Lunatic asylums Burma 1907-21 - 1907-1921
Year: 1907
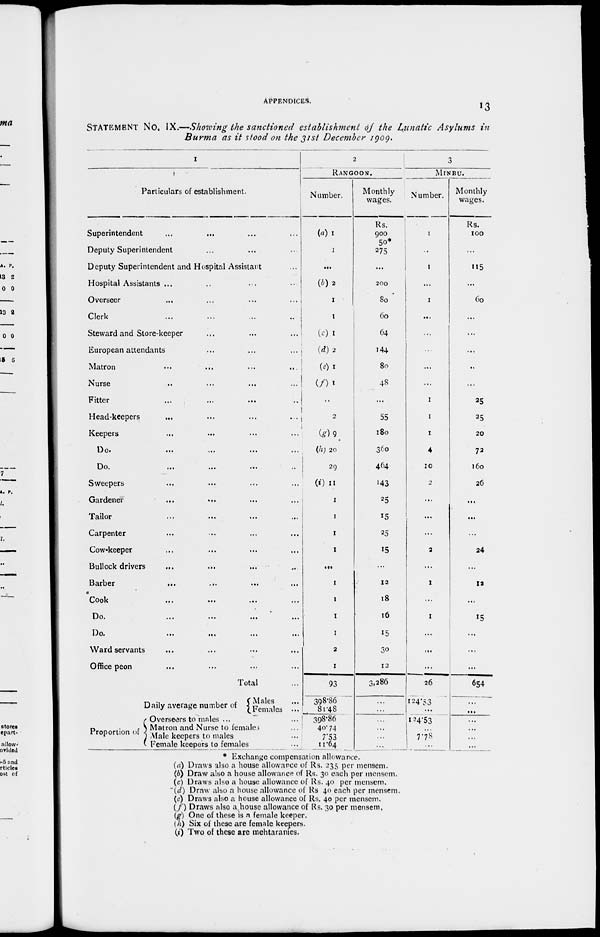
APPENDICES. 13
STATEMENT No. IX.—Showing the sanctioned establishment of the Lunatic Asylums in
Burma as it stood on the 31st December 1909.
1
Particulars of establishment.
Superintendent
...
...
...
...
Deputy Superintendent ... ... ...
Deputy Superintendent and Hospital Assistant
...
Hospital Assistants ...
...
... ...
Overseer
...
...
...
...
Clerk
...
...
...
...
Steward and Store-keeper
...
...
...
European attendants
...
...
...
Matron
...
...
...
...
Nurse
...
...
...
...
Fitter
...
...
...
...
Head-keepers
...
...
...
...
Keepers ... ... ... ...
Do. ... ... ... ...
Do.
...
...
... ...
Sweepers ... ... ... ...
Gardener ... ... ... ...
Tailor ... ... ... ...
Carpenter ... ... ... ...
Cow-keeper ... ... ... ...
Bullock drivers
... ... ... ...
Barber
...
...
... ...
Cook
...
... ... ...
Do. ... ... ... ...
Do.
...
...
...
...
Ward servants ... ... ... ...
Office peon ... ... ... ...
Total ...
Daily average number of
Proportion of
Males ...
Females ...
Overseers to males ... ...
Matron and Nurse to females ...
Male keepers to males ...
Female keepers to females ...
2
RANGOON.
Number.
(a) 1
1
...
(b) 2
1
1
(c) 1
(d) 2
(e) 1
(f) 1
...
2
(g) 9
(h) 20
29
(i) 11
1
1
1
1
...
1
1
1
1
2
1
93
398.86
81.48
398.86
40.74
7.53
11.64
Monthly
wages.
Rs.
900
50*
275
...
200
80
60
64
144
80
48
...
55
180
360
464
143
25
15
25
15
...
12
18
16
15
30
12
3,286
...
...
...
...
...
...
3
MINBU.
Number.
1
...
1
...
1
...
...
...
...
...
1
1
1
4
10
2
...
...
...
2
...
1
...
1
...
...
...
26
124.53
...
124.53
...
7. 78
...
Monthly
wages.
Rs.
100
...
115
...
60
...
...
...
...
...
25
25
20
72
160
26
...
...
...
24
...
12
...
15
...
...
...
654
...
...
...
...
...
...
* Exchange compensation allowance.
(a) Draws also a house allowance of Rs. 235 per mensem.
(b) Draw also a house allowance of Rs. 30 each per mensem.
(c) Draws also a house allowance of Rs. 40 per mensem.
(d) Draw also a house allowance of Rs. 40 each per mensem.
(e) Draws also a house allowance of Rs. 40 per mensem.
(f) Draws also a.house allowance of Rs. 30 per mensem.
(g) One of these is a female keeper.
(h) Six of these are female keepers.
(i) Two of these are mehtaranies.